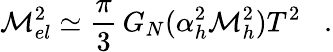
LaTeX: \mathcal{M}_{el}^{2}\simeq\frac{{\pi}}{{3}}\, G_{N}(\alpha_{h}^{2}\mathcal{M}_{h}^{2})T^{2}\; \; \; .